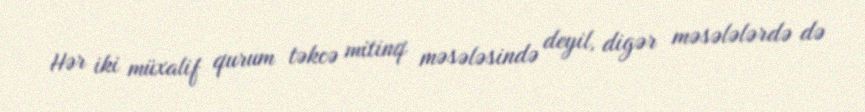
Hər iki müxalif qurum təkcə mitinq məsələsində deyil, digər məsələlərdə də